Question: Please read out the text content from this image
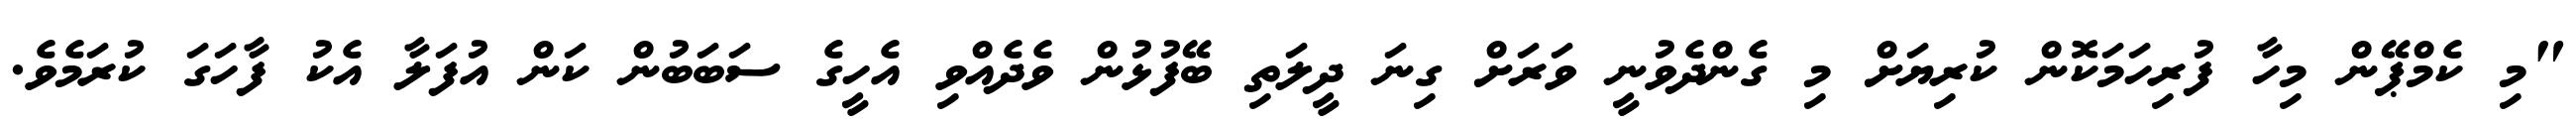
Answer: "މި ކެމްޕޭން މިހާ ފުރިހަމަކޮން ކުރިޔަށް މި ގެންދެވުނީ ވަރަށް ގިނަ ދީލަތި ބޭފުޅުން ވެދެއްވި އެހީގެ ސަބަބުން ކަން އުފަލާ އެކު ފާހަގަ ކުރަމެވެ.